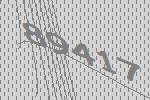
89417